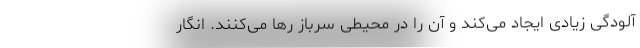
آلودگی زیادی ایجاد می‌کند و آن را در محیطی سرباز رها می‌کنند. انگار